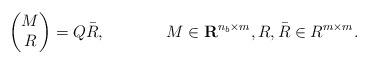
LaTeX: \begin{align*}&&\begin{pmatrix} M \\ R \end{pmatrix} &= Q \bar R, && M\in\mathbf R^{n_b\times m}, R, \bar R\in R^{m\times m}.\end{align*}